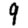
Digit: 9